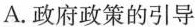
A.政府政策的引导